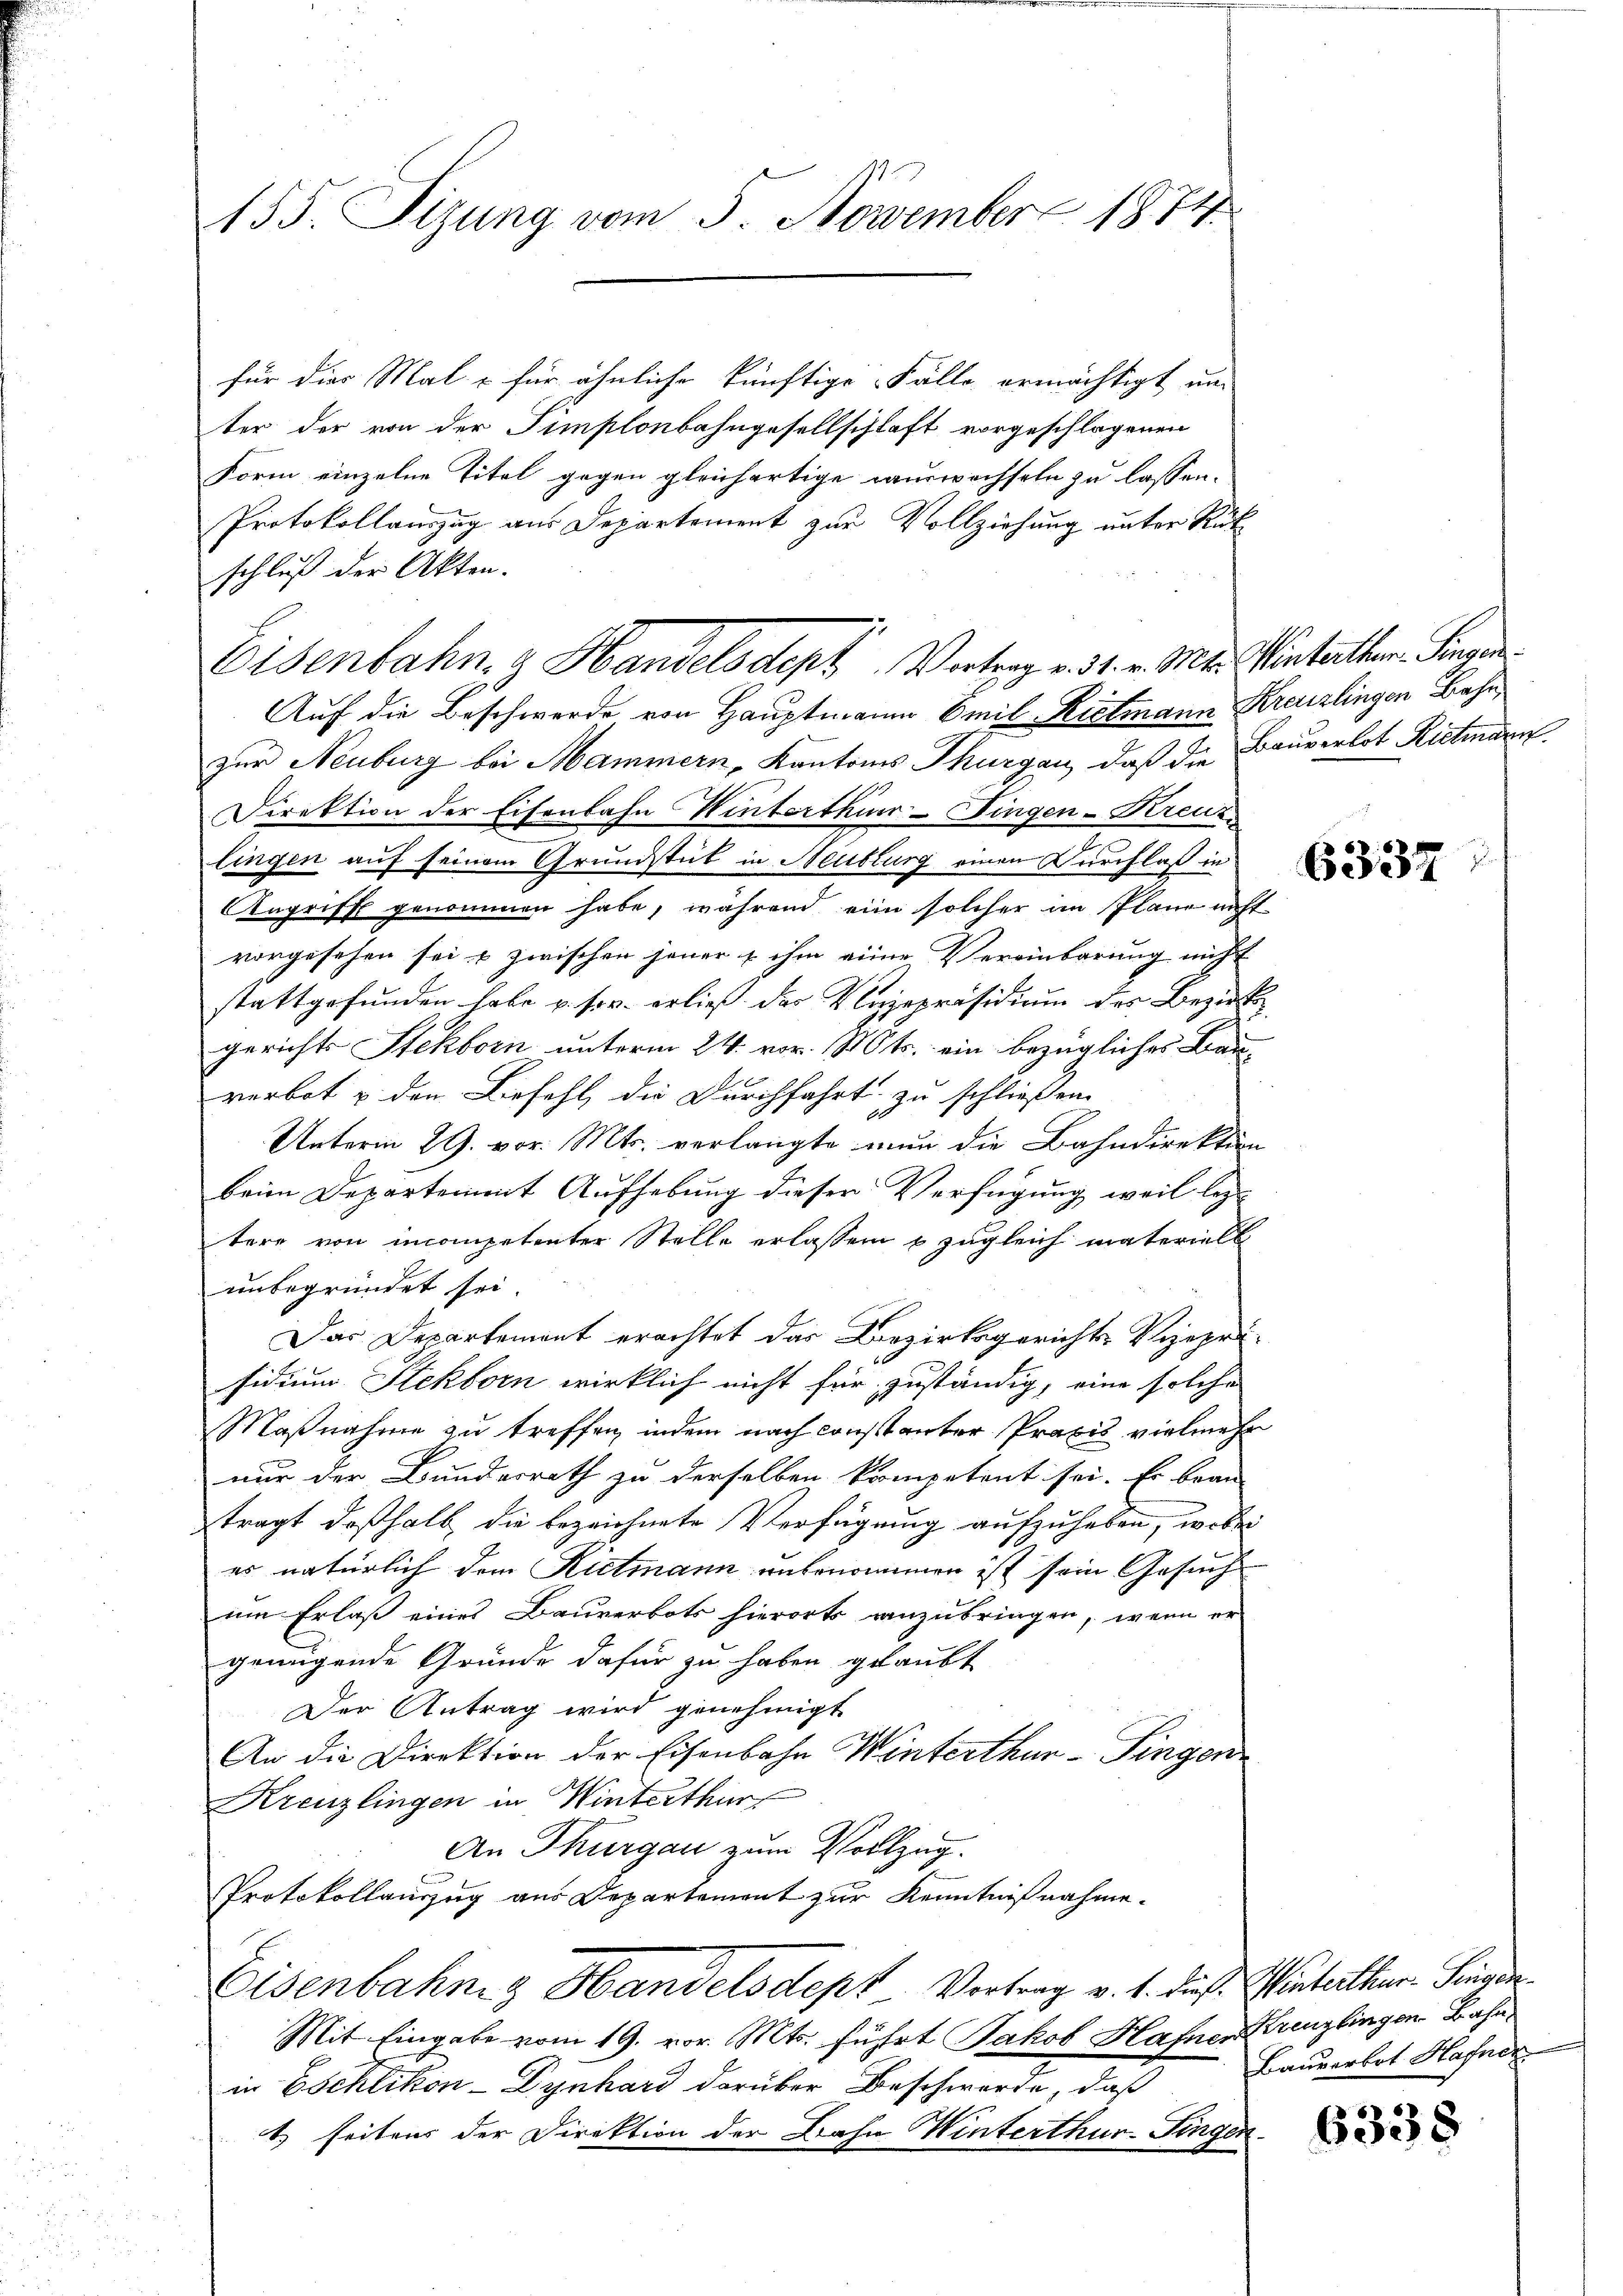
für dies Mal - für ähnliche künftige Fälle ermächtigt un
ter der von der Simplonbahngesellschlaft vorgeschlagenen
Form einzelne Titel gegen gleichertige Hauswechseln zu lassen.
Protokollauszug aus Departement zur Vollziehung unter Rükschluß der Akten.
Auf die Beschwerde von Hauptmann Emil-Ristmann Kreuzlingen Bahn,
zur Neuburg bei Mammern, Kantons Thurgau, daß die Bauverlot Rittmann
Direktion der Eisenbahn Winterthur-Fingen-Kreuz
lingen auf seinem Grundstub in Neuburg einen Durchlaß in
Angriff genommen habe, während ein solcher im Plane nicht
vorgesehen sei, & zwischen jener & ihm einer Vereinbarung nicht
stattgefunden habe u. sor. erließ das Vizepräsidium des Bezirk
gerichts Stekborn unterm 24. vor. Mts. ein bezügliches Bau-
verbot u den Befehl, die Durchfahrt zu schließen.
Unterm 29. vor. Mts. verlangte nun die Bahndirektion
beim Departement Aufhebung dieser Verfügung weil lezt
tere von incompetenter Stelle erlassen u zugleich materiell
unbegründet sei.
Das Departement erachtet das Bezirksgericht- Vizeprificium Stekborn wirklich nicht für zuständig, eine solche
Maßnahme zu treffen, indem nach constanter Praxis vielmehr
nur der Bundesrath zu derselben kompetent sei. Er bean-
ztragt deßhalb, die bezeichnete Verfügung aufzuheben, wobei
es natürlich dem Rietmann unbenommen ist sein Gesuch
um Erlaß eines Bauverbots hierorts anzubringen, wenn er
genügende Gründe dafür zu haben gelaubt
Der Antrag wird genehmigt.
An die Direktion der Eisenbahn Winterthur–Singen
Kreuzlingen in Winterthur
An Thurgau zum Vollzug.
Protokollauszug aus Departement zur Kenntnißnahme.
Eisenbahng Handelsdept Vortrag v. 1. diese Winterthinen Singer
Mit Eingabe vom 19. vor. Mts. führt Jakob Hafner Kreuzlingen Bahnin Eschlikon - Dynhard darüber Beschwerde, daß
t seitens der Direktion der Bahn Winterthur–Singen.

155. Sizung vom 5. November 1874

Eisenbahng Handelsdept Vortrag v. 31. v. Mts. Winterther Finan

6337

Bauverbot Hafner

6338